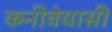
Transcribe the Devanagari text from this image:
कनीवेयासी